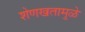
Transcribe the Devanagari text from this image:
शेणखतामुळे